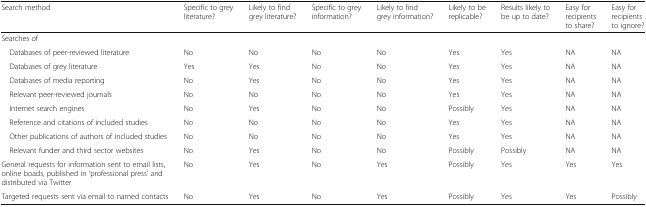
<table><thead><tr><td><b>Search method</b></td><td><b>Specific to grey literature?</b></td><td><b>Likely to find grey literature?</b></td><td><b>Specific to grey information?</b></td><td><b>Likely to find grey information?</b></td><td><b>Likely to be replicable?</b></td><td><b>Results likely to be up to date?</b></td><td><b>Easy for recipients to share?</b></td><td><b>Easy for recipients to ignore?</b></td></tr></thead><tbody><tr><td>Searches of</td><td></td><td></td><td></td><td></td><td></td><td></td><td></td><td></td></tr><tr><td> Databases of peer-reviewed literature</td><td>No</td><td>No</td><td>No</td><td>No</td><td>Yes</td><td>Yes</td><td>NA</td><td>NA</td></tr><tr><td> Databases of grey literature</td><td>Yes</td><td>Yes</td><td>No</td><td>No</td><td>Yes</td><td>Yes</td><td>NA</td><td>NA</td></tr><tr><td> Databases of media reporting</td><td>No</td><td>Yes</td><td>No</td><td>No</td><td>Yes</td><td>Yes</td><td>NA</td><td>NA</td></tr><tr><td> Relevant peer-reviewed journals</td><td>No</td><td>No</td><td>No</td><td>No</td><td>Yes</td><td>Yes</td><td>NA</td><td>NA</td></tr><tr><td> Internet search engines</td><td>No</td><td>Yes</td><td>No</td><td>No</td><td>Possibly</td><td>Yes</td><td>NA</td><td>NA</td></tr><tr><td> Reference and citations of included studies</td><td>No</td><td>No</td><td>No</td><td>No</td><td>Yes</td><td>Yes</td><td>NA</td><td>NA</td></tr><tr><td> Other publications of authors of included studies</td><td>No</td><td>No</td><td>No</td><td>No</td><td>Yes</td><td>Yes</td><td>NA</td><td>NA</td></tr><tr><td> Relevant funder and third sector websites</td><td>No</td><td>Yes</td><td>No</td><td>No</td><td>Possibly</td><td>Possibly</td><td>NA</td><td>NA</td></tr><tr><td>General requests for information sent to email lists, online boads, published in ‘professional press’ and distributed via Twitter</td><td>No</td><td>Yes</td><td>No</td><td>Yes</td><td>Possibly</td><td>Yes</td><td>Yes</td><td>Yes</td></tr><tr><td>Targeted requests sent via email to named contacts</td><td>No</td><td>Yes</td><td>No</td><td>Yes</td><td>Possibly</td><td>Yes</td><td>Yes</td><td>Possibly</td></tr></tbody></table>